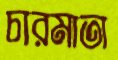
চারমাতা